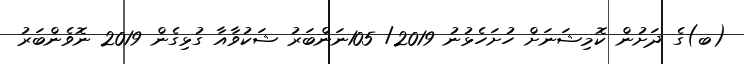
(ބ)ގެ ދަށުން ކޮމިޝަނަށް ހުށަހެޅުނު 2019/ 105ނަންބަރު ޝަކުވާއާ ގުޅިގެން 2019 ނޮވެންބަރު